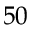
5 0